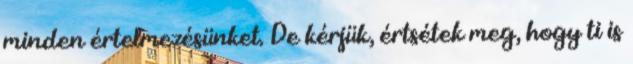
minden értelmezésünket. De kérjük, értsétek meg, hogy ti is